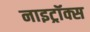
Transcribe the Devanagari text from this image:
नाइट्रॉक्स